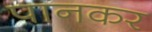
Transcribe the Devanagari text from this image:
पानकर